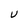
Character: U